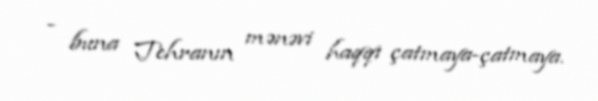
- buna Tehranın mənəvi haqqı çatmaya-çatmaya.